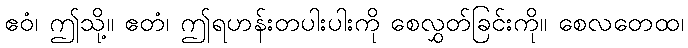
ဧဝံ၊ ဤသို့။ ဧတံ၊ ဤရဟန်းတပါးပါးကို စေလွှတ်ခြင်းကို။ စေလတေထ၊